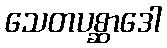
သေတပစ္ဆာဒေါ